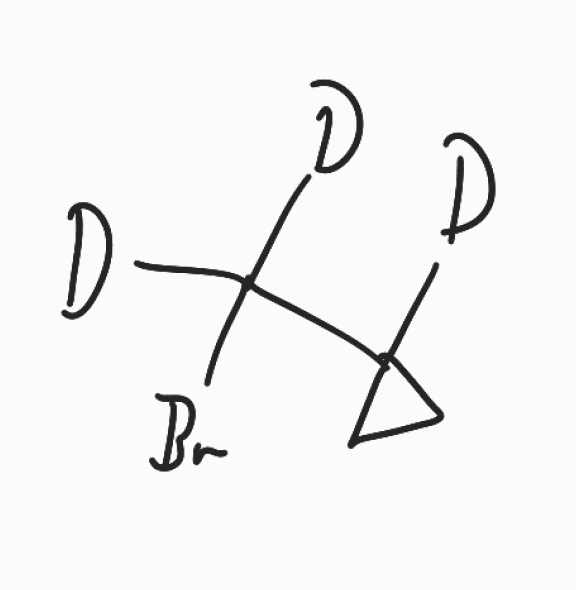
Simplified molecular-input line-entry system (SMILES) notation of the given molecule:
[2H]C1(CC1)C([2H])([2H])Br